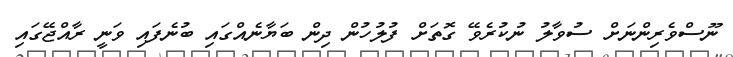
ނޫސްވެރިންނަށް ސުވާލު ނުކުރެވޭ ގޮތަށް ފުލުހުން ދިން ބަޔާނެއްގައި ބުނެފައި ވަނީ ރާއްޖޭގައި